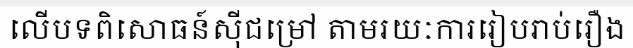
លើបទពិសោធន៍ស៊ីជម្រៅ តាមរយៈការរៀបរាប់រឿង